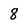
Character: 8